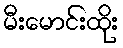
မီးမောင်းထိုး